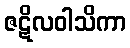
ဇဋိလဝါသိကာ